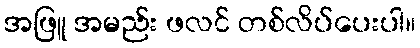
အဖြူ အမည်း ဖလင် တစ်လိပ်ပေးပါ။